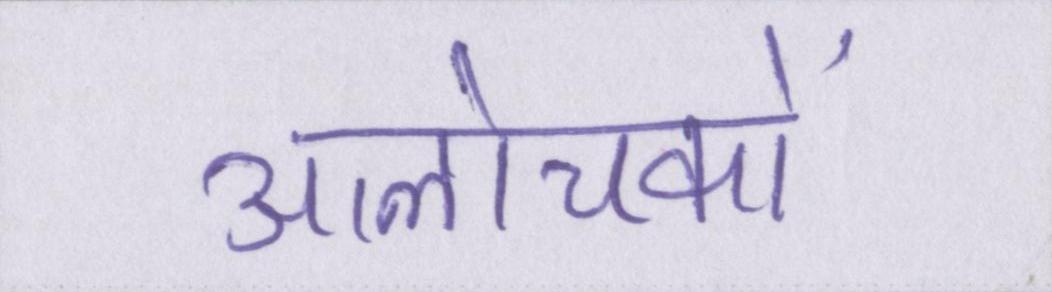
आलोचकों